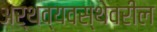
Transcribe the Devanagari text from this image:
अर्थव्यवस्थेवरील